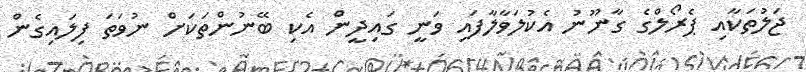
ޖަލުތަކާއި ޕެރޯލްގެ ގާނޫނު އެކުލަވާލާފައި ވަނީ ގައިދީން އެކި ބޭނުންތަކަށް ނުވަތަ ފިލައިގެން